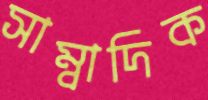
সাম্বাদিক